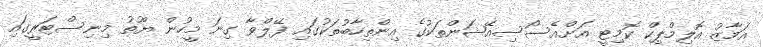
އަމާޒު އޮލިމްޕިކް ކޮމިޓީ އަށްއެސޯސިއޭޝަންތަކުގެ އިންތިހާބުތަކުގައި ފޭލްވާ ގިނަ މީހުން ޔޫތު މިނިސްޓަރީގައި